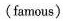
(famous)